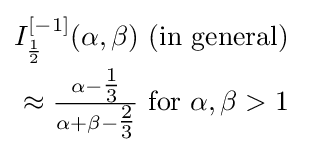
{\begin{matrix}I_{\frac {1}{2}}^{[-1]}(\alpha ,\beta ){\text{ (in general) }}\\[0.5em]\approx {\frac {\alpha -{\tfrac {1}{3}}}{\alpha +\beta -{\tfrac {2}{3}}}}{\text{ for }}\alpha ,\beta >1\end{matrix}}